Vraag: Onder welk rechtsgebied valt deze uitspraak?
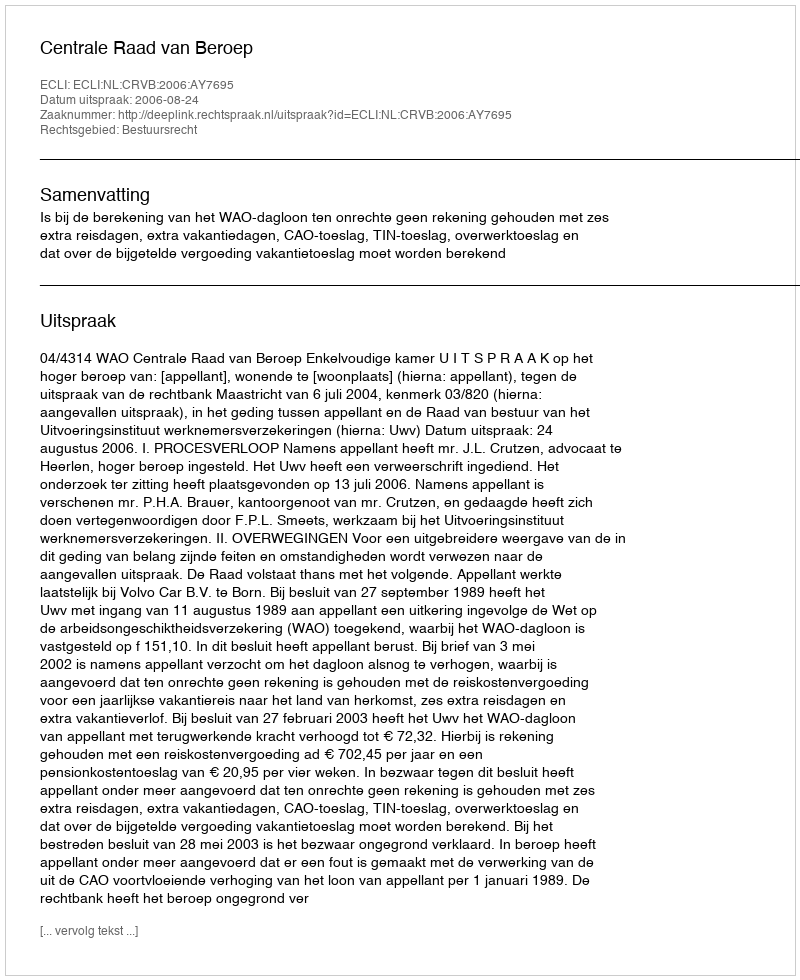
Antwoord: Bestuursrecht